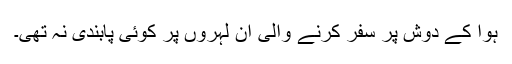
ہوا کے دوش پر سفر کرنے والی ان لہروں پر کوئی پابندی نہ تھی۔